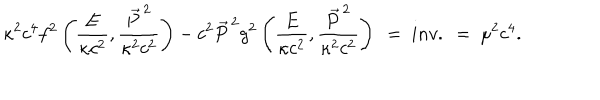
LaTeX: \kappa ^ { 2 } c ^ { 4 } f ^ { 2 } \left( \frac { E } { \kappa c ^ { 2 } } , \frac { \vec { P } ^ { \, 2 } } { \kappa ^ { 2 } c ^ { 2 } } \right) - c ^ { 2 } \vec { P } ^ { \, 2 } g ^ { 2 } \left( \frac { E } { \kappa c ^ { 2 } } , \frac { \vec { P } ^ { \, 2 } } { \kappa ^ { 2 } c ^ { 2 } } \right) \ = \ i n v . \ = \ \mu ^ { 2 } c ^ { 4 } .